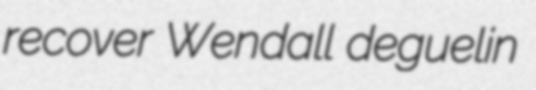
recover Wendall deguelin